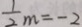
\frac { 1 } { 2 } m = - 2